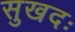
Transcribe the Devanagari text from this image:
सुखदः